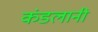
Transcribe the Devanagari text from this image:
कंडलानी